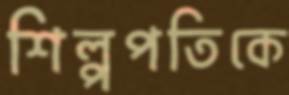
শিল্পপতিকে